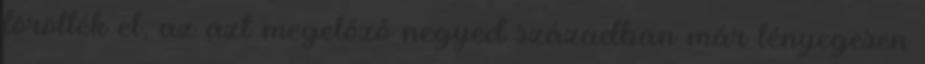
törölték el, az azt megelőző negyed században már lényegesen